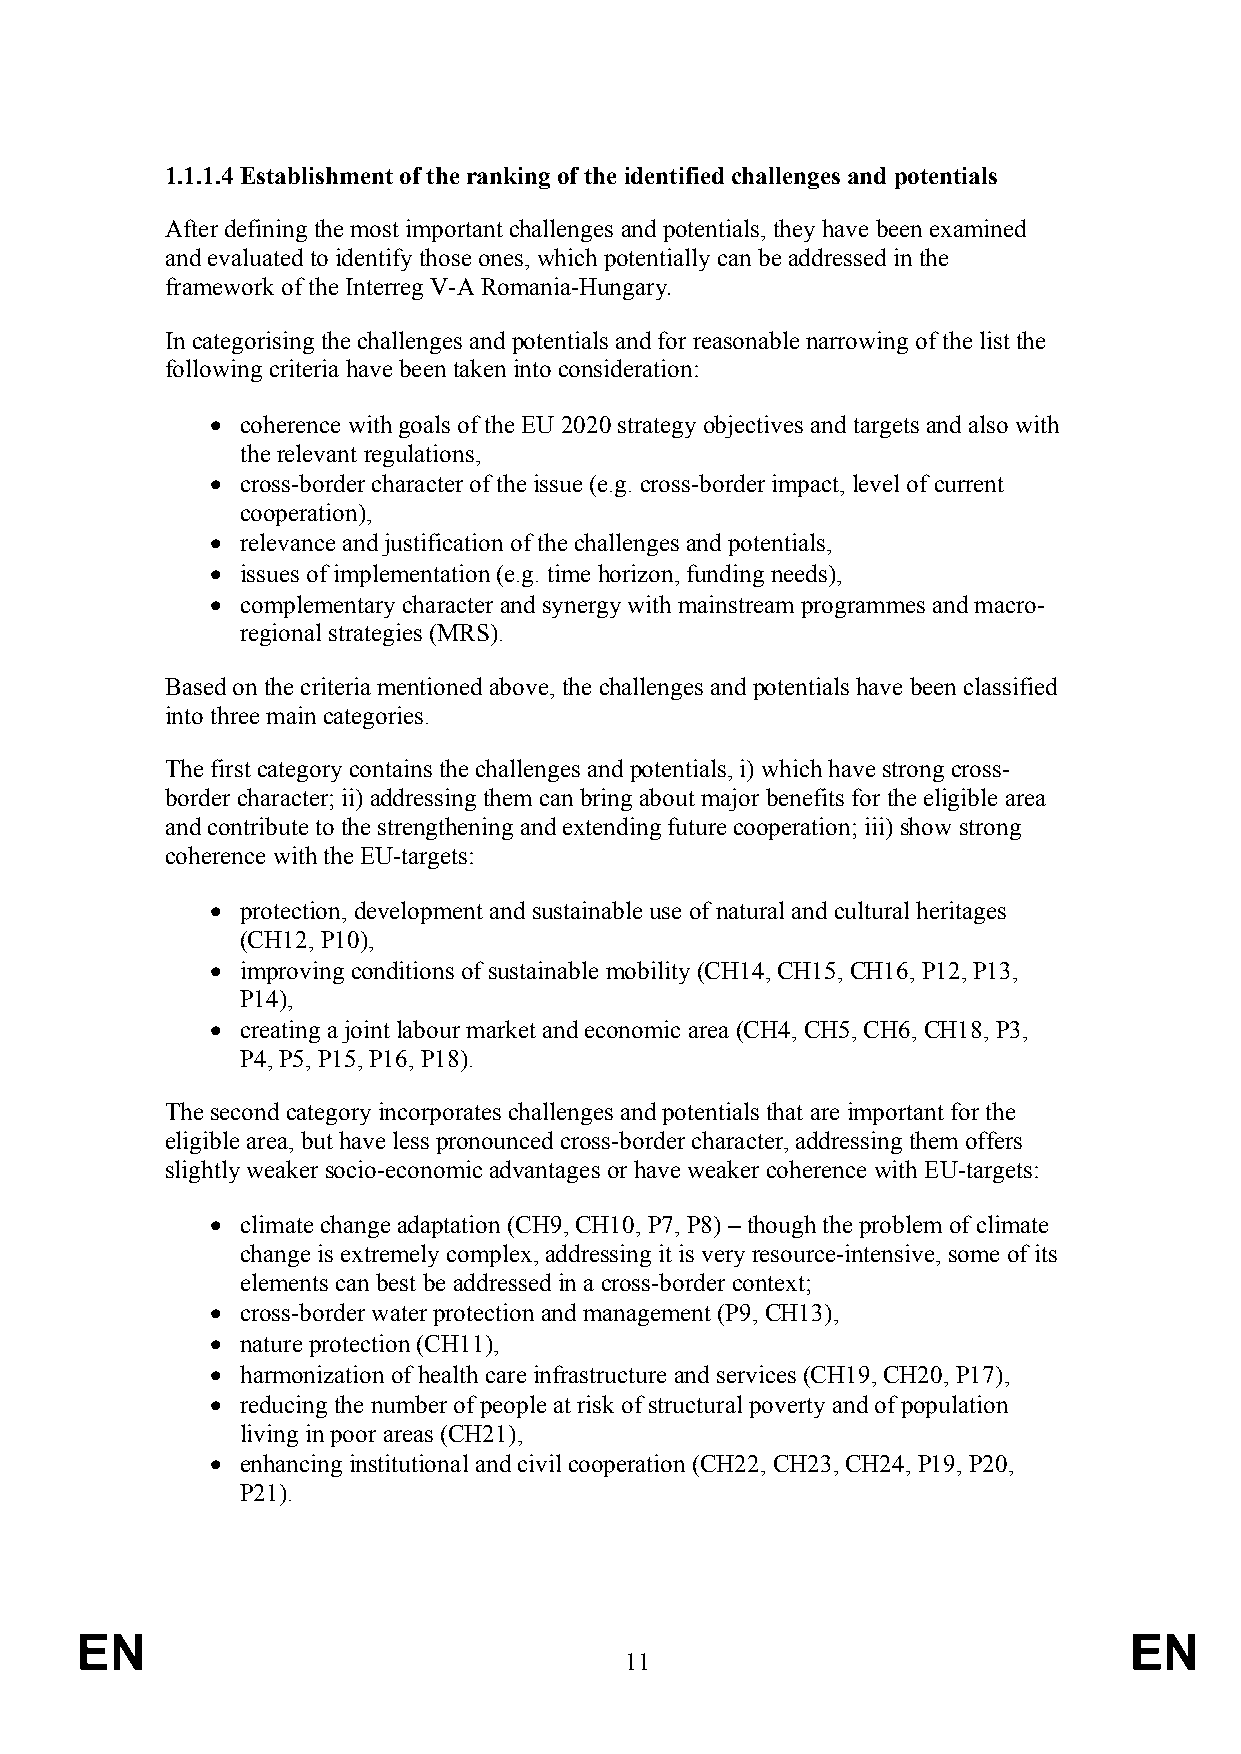
1.1.1.4 Establishment of the ranking of the identified challenges and potentials
 After defining the most important challenges and potentials, they have been examined
 and evaluated to identify those ones, which potentially can be addressed in the
 framework of the Interreg V-A Romania-Hungary.
 In categorising the challenges and potentials and for reasonable narrowing of the list the
 following criteria have been taken into consideration:
  coherence with goals of the EU 2020 strategy objectives and targets and also with
 the relevant regulations,
  cross-border character of the issue (e.g. cross-border impact, level of current
 cooperation),
  relevance and justification of the challenges and potentials,
  issues of implementation (e.g. time horizon, funding needs),
  complementary character and synergy with mainstream programmes and macro-
 regional strategies (MRS).
 Based on the criteria mentioned above, the challenges and potentials have been classified
 into three main categories.
 The first category contains the challenges and potentials, i) which have strong cross-
 border character; ii) addressing them can bring about major benefits for the eligible area
 and contribute to the strengthening and extending future cooperation; iii) show strong
 coherence with the EU-targets:
  protection, development and sustainable use of natural and cultural heritages
 (CH12, P10),
  improving conditions of sustainable mobility (CH14, CH15, CH16, P12, P13,
 P14),
  creating a joint labour market and economic area (CH4, CH5, CH6, CH18, P3,
 P4, P5, P15, P16, P18).
 The second category incorporates challenges and potentials that are important for the
 eligible area, but have less pronounced cross-border character, addressing them offers
 slightly weaker socio-economic advantages or have weaker coherence with EU-targets:
  climate change adaptation (CH9, CH10, P7, P8) – though the problem of climate
 change is extremely complex, addressing it is very resource-intensive, some of its
 elements can best be addressed in a cross-border context;
  cross-border water protection and management (P9, CH13),
  nature protection (CH11),
  harmonization of health care infrastructure and services (CH19, CH20, P17),
  reducing the number of people at risk of structural poverty and of population
 living in poor areas (CH21),
  enhancing institutional and civil cooperation (CH22, CH23, CH24, P19, P20,
 P21).
 EN                                                                    EN
 11